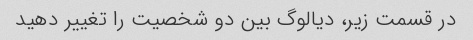
در قسمت زیر، دیالوگ بین دو شخصیت را تغییر دهید